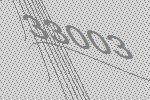
33003